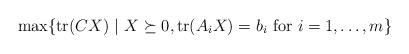
LaTeX: \begin{align*}\max \{\mathrm{tr}(CX) ~ | ~X \succeq 0, \mathrm{tr}(A_i X)=b_i \textrm{ for } i = 1, \dots, m\} \end{align*}